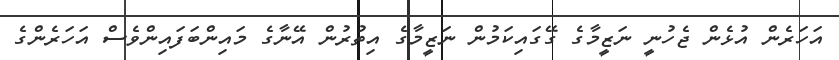
އަހަރެން އުޅެން ޖެހުނީ ނަޒީމާގެ ގޭގައިކަމުން ނަޒީމާގެ އިތުރުން އޭނާގެ މައިންބަފައިންވެސް އަހަރެންގެ